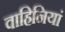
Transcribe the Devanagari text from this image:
वाहिनियां